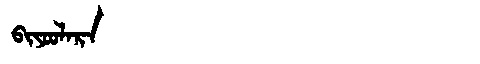
Manchu: ᠪᡳᠶᠣᠣᠯᠠᡵᠠ
Romanization: BIYOOLARA